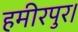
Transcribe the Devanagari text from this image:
हमीरपुर।